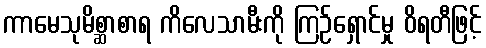
ကာမေသုမိစ္ဆာစာရ ကိလေသာမီးကို ကြဉ်ရှောင်မှု ဝိရတီဖြင့်